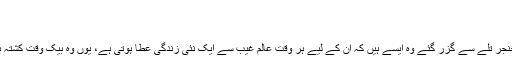
وہ شعر یہ ہے
کشتگاںِ خنجرِ تسلیم را
جو لوگ تسلیم و رضا کے خنجر تلے سے گزر گئے وہ ایسے ہیں کہ ان کے لیے ہر وقت عالم غیب سے ایک نئی زندگی عطا ہوتی ہے، یوں وہ بیک وقت کشتہ بھی ہوتے ہیں اور زندہ بھی۔